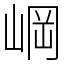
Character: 㟠